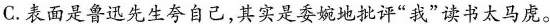
C.表面是鲁迅先生夸自己，其实是委婉地批评”我”读书太马虎。